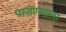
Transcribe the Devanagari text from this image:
पाजण्याला